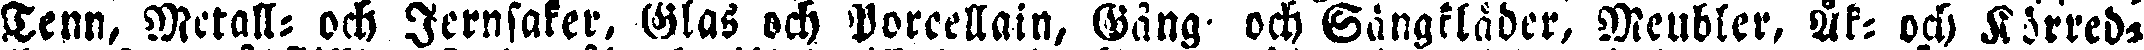
Tenn, Metall- och Jernsaker, Glas och Porcellain, Gång- och Sängkläder, Meubler, Åk- och Körred-